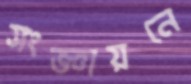
সংজ্ঞায়নে